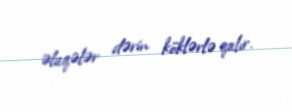
əlaqələr dərin köklərlə qalır.